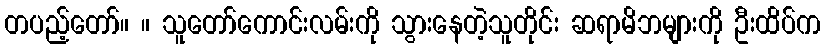
တပည့်တော်။ ။ သူတော်ကောင်းလမ်းကို သွားနေတဲ့သူတိုင်း ဆရာမိဘများကို ဦးထိပ်က